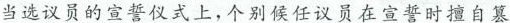
当选议员的宣誓仪式上，个别候任议员在宣誓时擅自篡